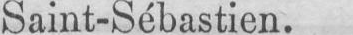
Saint-Sébastien.